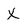
Character: X